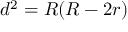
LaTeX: \displaystyle d ^ { 2 } = R ( R - 2 r )